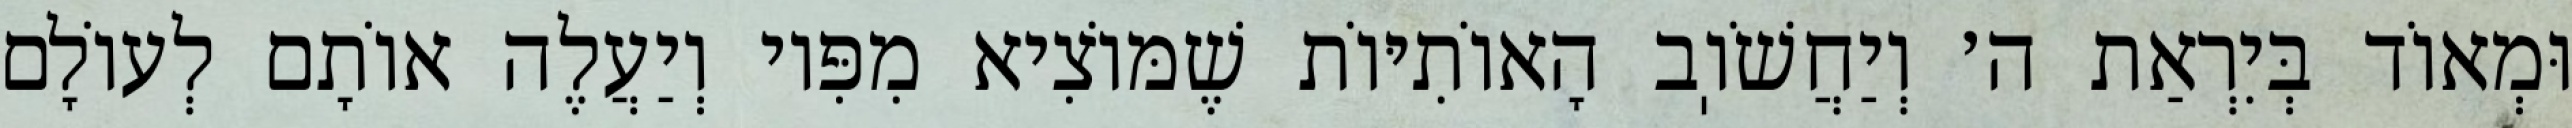
וּמְאוֹד בְּיִרְאַת ה׳ וְיַחֲשֹׁוֽב הָאוֹתִיּוֹת שֶׁמּוֹצִיא מִפִּיו וְיַעֲלֶה אוֹתָם לְעוֹלָם